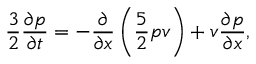
\frac { 3 } { 2 } \frac { \partial p } { \partial t } = - \frac { \partial } { \partial x } \left( \frac { 5 } { 2 } p v \right) + v \frac { \partial p } { \partial x } ,